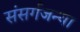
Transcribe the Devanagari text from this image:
संसर्गजन्या